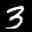
Label: 3